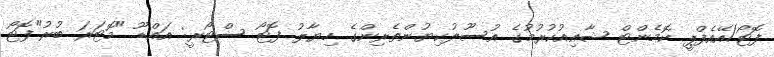
ފޮޓޯ/އޭއެފްޕީ ކޮމެންޓް ޝާއިއުކުރުމުގެ އުސޫލުކިޔުންތެރިންގެ ހިޔާލު ފޮޓޯ ސްޓޯރީ: އައްޑޫ "މޮޓަރަ ބުރު"ފޮޓޯ